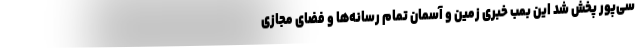
سی‌پور پخش شد این بمب خبری زمین و آسمان تمام رسانه‌ها و فضای مجازی